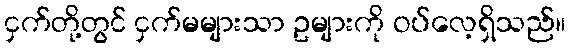
ငှက်တို့တွင် ငှက်မများသာ ဥများကို ဝပ်လေ့ရှိသည်။